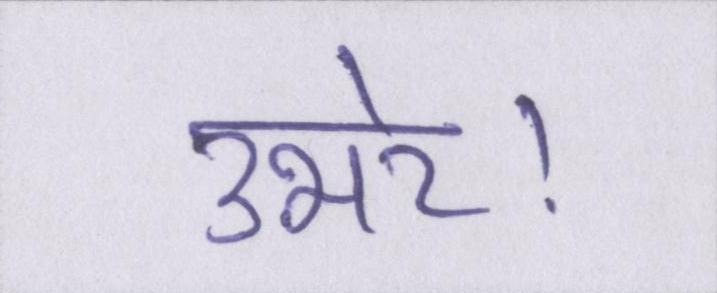
उभरे।